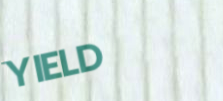
YIELD